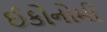
ઈકોનોમી